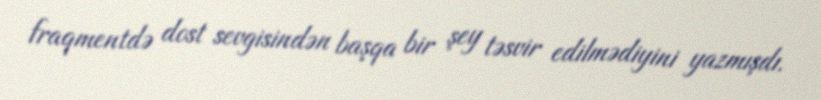
fraqmentdə dost sevgisindən başqa bir şey təsvir edilmədiyini yazmışdı.